Indian journal of veterinary science and animal husbandry - Volume 10,
Year: 1940
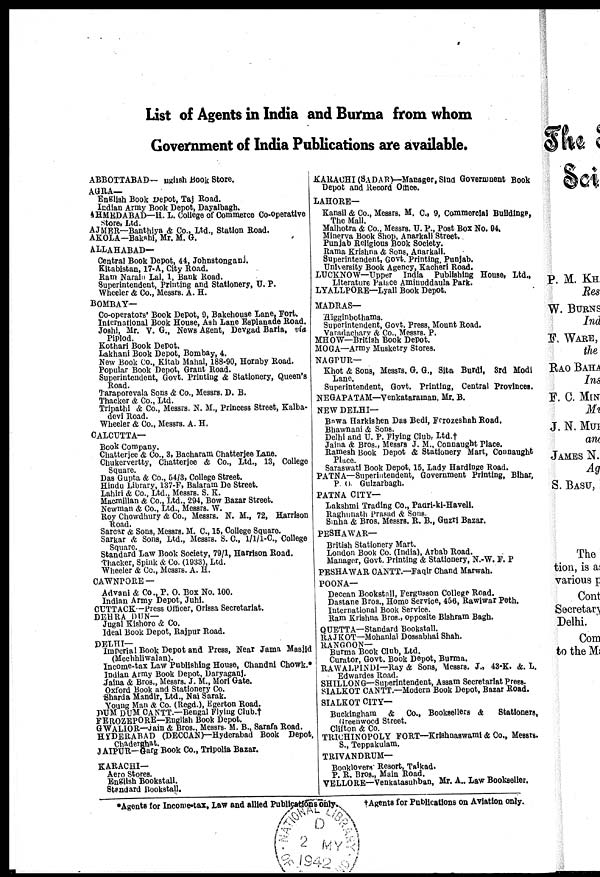
List of Agents in India and Burma from whom
Government of India Publications are available.
ABBOTTABAD— English Book Store.
AGRA—
English Book Depot, Taj Road.
Indian Army Book Depot, Dayalbagh.
AHMEDABAD— H. L. College of Commerce Co-operative
store, Ltd.
AJMER—Banthiya & Co., Ltd., Station Road.
AKOLA—Bakshi, Mr. M. G.
ALLAHABAD—
Central Book Depot, 44, Johnstonganj.
Kitabistan, 17-A, City Road.
Ram Narai Lal, 1, Bank Road.
Superintendent, Printing and Stationery, U. P.
Wheeler & Co., Messrs. A. H.
BOMBAY—
Co-operators' Book Depot, 9, Bakehouse Lane, Fort.
International Book House, Ash Lane Esplanade Road.
Joshi, Mr. V. G., News Agent, Devgad Baria, via
Piplod.
Kothari Book Depot.
Lakhani Book Depot, Bombay, 4.
New Book Co., Kitab Mahal, 188-90, Hornby Road.
Popular Book Depot, Grant Road.
Superintendent, Govt. Printing & Stationery, Queen's
Road.
Taraporevala Sons & Co., Messrs. D. B.
Thacker & Co., Ltd.
Tripathi & Co., Messrs. N. M., Princess Street, Kalba-
devi Road.
Wheeler & Co., Messrs. A. H.
CALCUTTA—
Book Company.
Chatterjee & Co., 3, Bacharam Chatterjee Lane.
Chukervertty, Chatterjee & Co., Ltd., 13, College
Square.
Das Gupta & Co., 54/3, College Street.
Hindu Library, 137-F, Balaram De Street.
Lahiri & Co., Ltd., Messrs. S. K.
Macmillan & Co., Ltd., 294, Bow Bazar Street.
Newman & Co., Ltd., Messrs. W.
Roy Chowdhury & Co., Messrs. N. M., 72, Harrison
Road.
Sarcar & Sons, Messrs. M. C., 15, College Square.
Sarkar & Sons, Ltd., Messrs. S. C., 1/1/1-C., College
Square.
Standard Law Book Society, 79/1, Harrison Road.
Thacker, Spink & Co. (1933), Ltd.
Wheeler & Co., Messrs. A. H.
CAWNPORE —
Advani & Co., P. O. Box No. 100.
Indian Army Depot, Juhi.
CUTTACK—Press Officer, Orissa Secretariat.
DEHRA DUN—
Jugal Kishore & Co.
Ideal Book Depot, Rajpur Road.
DELHI—
Imperial Book Depot and Press, Near Jama Masjid
(Mechhliwalan).
Income-tax Law Publishing House, Chandni Chowk.*
Indian Army Book Depot, Daryaganj.
Jaina & Bros., Messrs. J. M., Mori Gate.
Oxford Book and Stationery Co.
Sharda Mandir, Ltd., Nai Sarak.
Young Man & Co. (Regd.), Egerton Road.
DUM DUM CANTT.—Bengal Flying Club.†
FEROZEPORE—English Book Depot.
GWALIOR—Jain & Bros., Messrs. M. B., Sarafa Road.
HYDERABAD (DECCAN)—Hyderabad Book Depot,
Chaderghat.
JAIPUR—Garg Book Co., Tripolia Bazar.
KARACHI—
Aero Stores.
English Bookstall.
Standard Bookstall.
KARACHI (SADAR)—Manager, Sind Government Book
Depot and Record Office.
LAHORE—
Kansil & Co., Messrs. M. C., 9, Commercial Buildings,
The Mall.
Malhotra & Co., Messrs. U. P., Post Box No. 94.
Minerva Book Shop, Anarkali Street.
Punjab Religious Book Society.
Rama Krishna & Sons, Anarkali.
Superintendent, Govt. Printing, Punjab.
University Book Agency, Kacheri Road.
LUCKNOW—Upper India Publishing House, Ltd.,
Literature Palace Aminuddaula Park.
LYALLPORE—Lyall Book Depot.
MADRAS—
Higginbothams.
Superintendent, Govt. Press, Mount Road.
Varadachary & Co., Messrs. P.
MHOW—British Book Depot.
MOGA—Army Musketry Stores.
NAGPUR—
Khot & Sons, Messrs. G. G., Sita Burdi, 3rd Modi
Lane.
Superintendent, Govt. Printing, Central Provinces.
NEGAPATAM—Venkataraman, Mr. B.
NEW DELHI—
Bawa Harkishen Das Bedi, Ferozeshah Road.
Bhawnani & Sons.
Delhi and U. P. Flying Club, Ltd.†
Jaina & Bros., Messrs J. M., Connaught Place.
Ramesh Book Depot & Stationery Mart, Connaught
Place.
Saraswati Book Depot, 15, Lady Hardinge Road.
PATNA—Superintendent, Government Printing, Bihar,
P. O. Gulzarbagh.
PATNA CITY—
Lakshmi Trading Co., Padri-ki-Haveli.
Raghunath Prasad & Sons.
Sinha & Bros. Messrs. R. B., Guzri Bazar.
PESHAWAR—
British Stationery Mart.
London Book Co. (India), Arbab Road.
Manager, Govt. Printing & Stationery, N.-W. F. P
PESHAWAR CANTT.—Faqir Chand Marwah.
POONA—
Deccan Bookstall, Fergusson College Road.
Dastane Bros., Home Service, 456, Rawiwar Peth.
International Book Service.
Ram Krishna Bros., opposite Bishram Bagh.
QUETTA—Standard Bookstall.
RAJKOT—Mohanlal Dossabhai Shah.
RANGOON—
Burma Book Club, Ltd.
Curator, Govt. Book Depot, Burma.
RAWALPINDI—Ray & Sons, Messrs. J., 43-K. &. L.
Edwardes Road.
SHILLONG—Superintendent, Assam Secretariat Press.
SIALKOT CANTT.—Modern Book Depot, Bazar Road.
SIALKOT CITY—
Buckingham & Co., Booksellers & Stationers,
Greenwood Street.
Clifton & Co.
TRICHINOPOLY FORT—Krishnaswami & Co., Messrs.
S., Teppakulam.
TRIVANDRUM—
Booklovers Resort, Taikad.
P. R. Bros., Main Road.
VELLORE—Venkatasubban, Mr. A., Law Bookseller.
*Agents
for Income-tax, Law and allied Publications only. †Ag